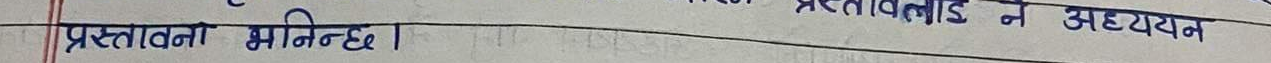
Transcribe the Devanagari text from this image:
प्रस्तावना भनिन्छ।